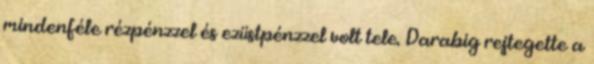
mindenféle rézpénzzel és ezüstpénzzel volt tele. Darabig rejtegette a